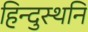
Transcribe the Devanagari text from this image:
हिन्दुस्थनि